Jaan_Tonisson_(Lasteleht), lk 115
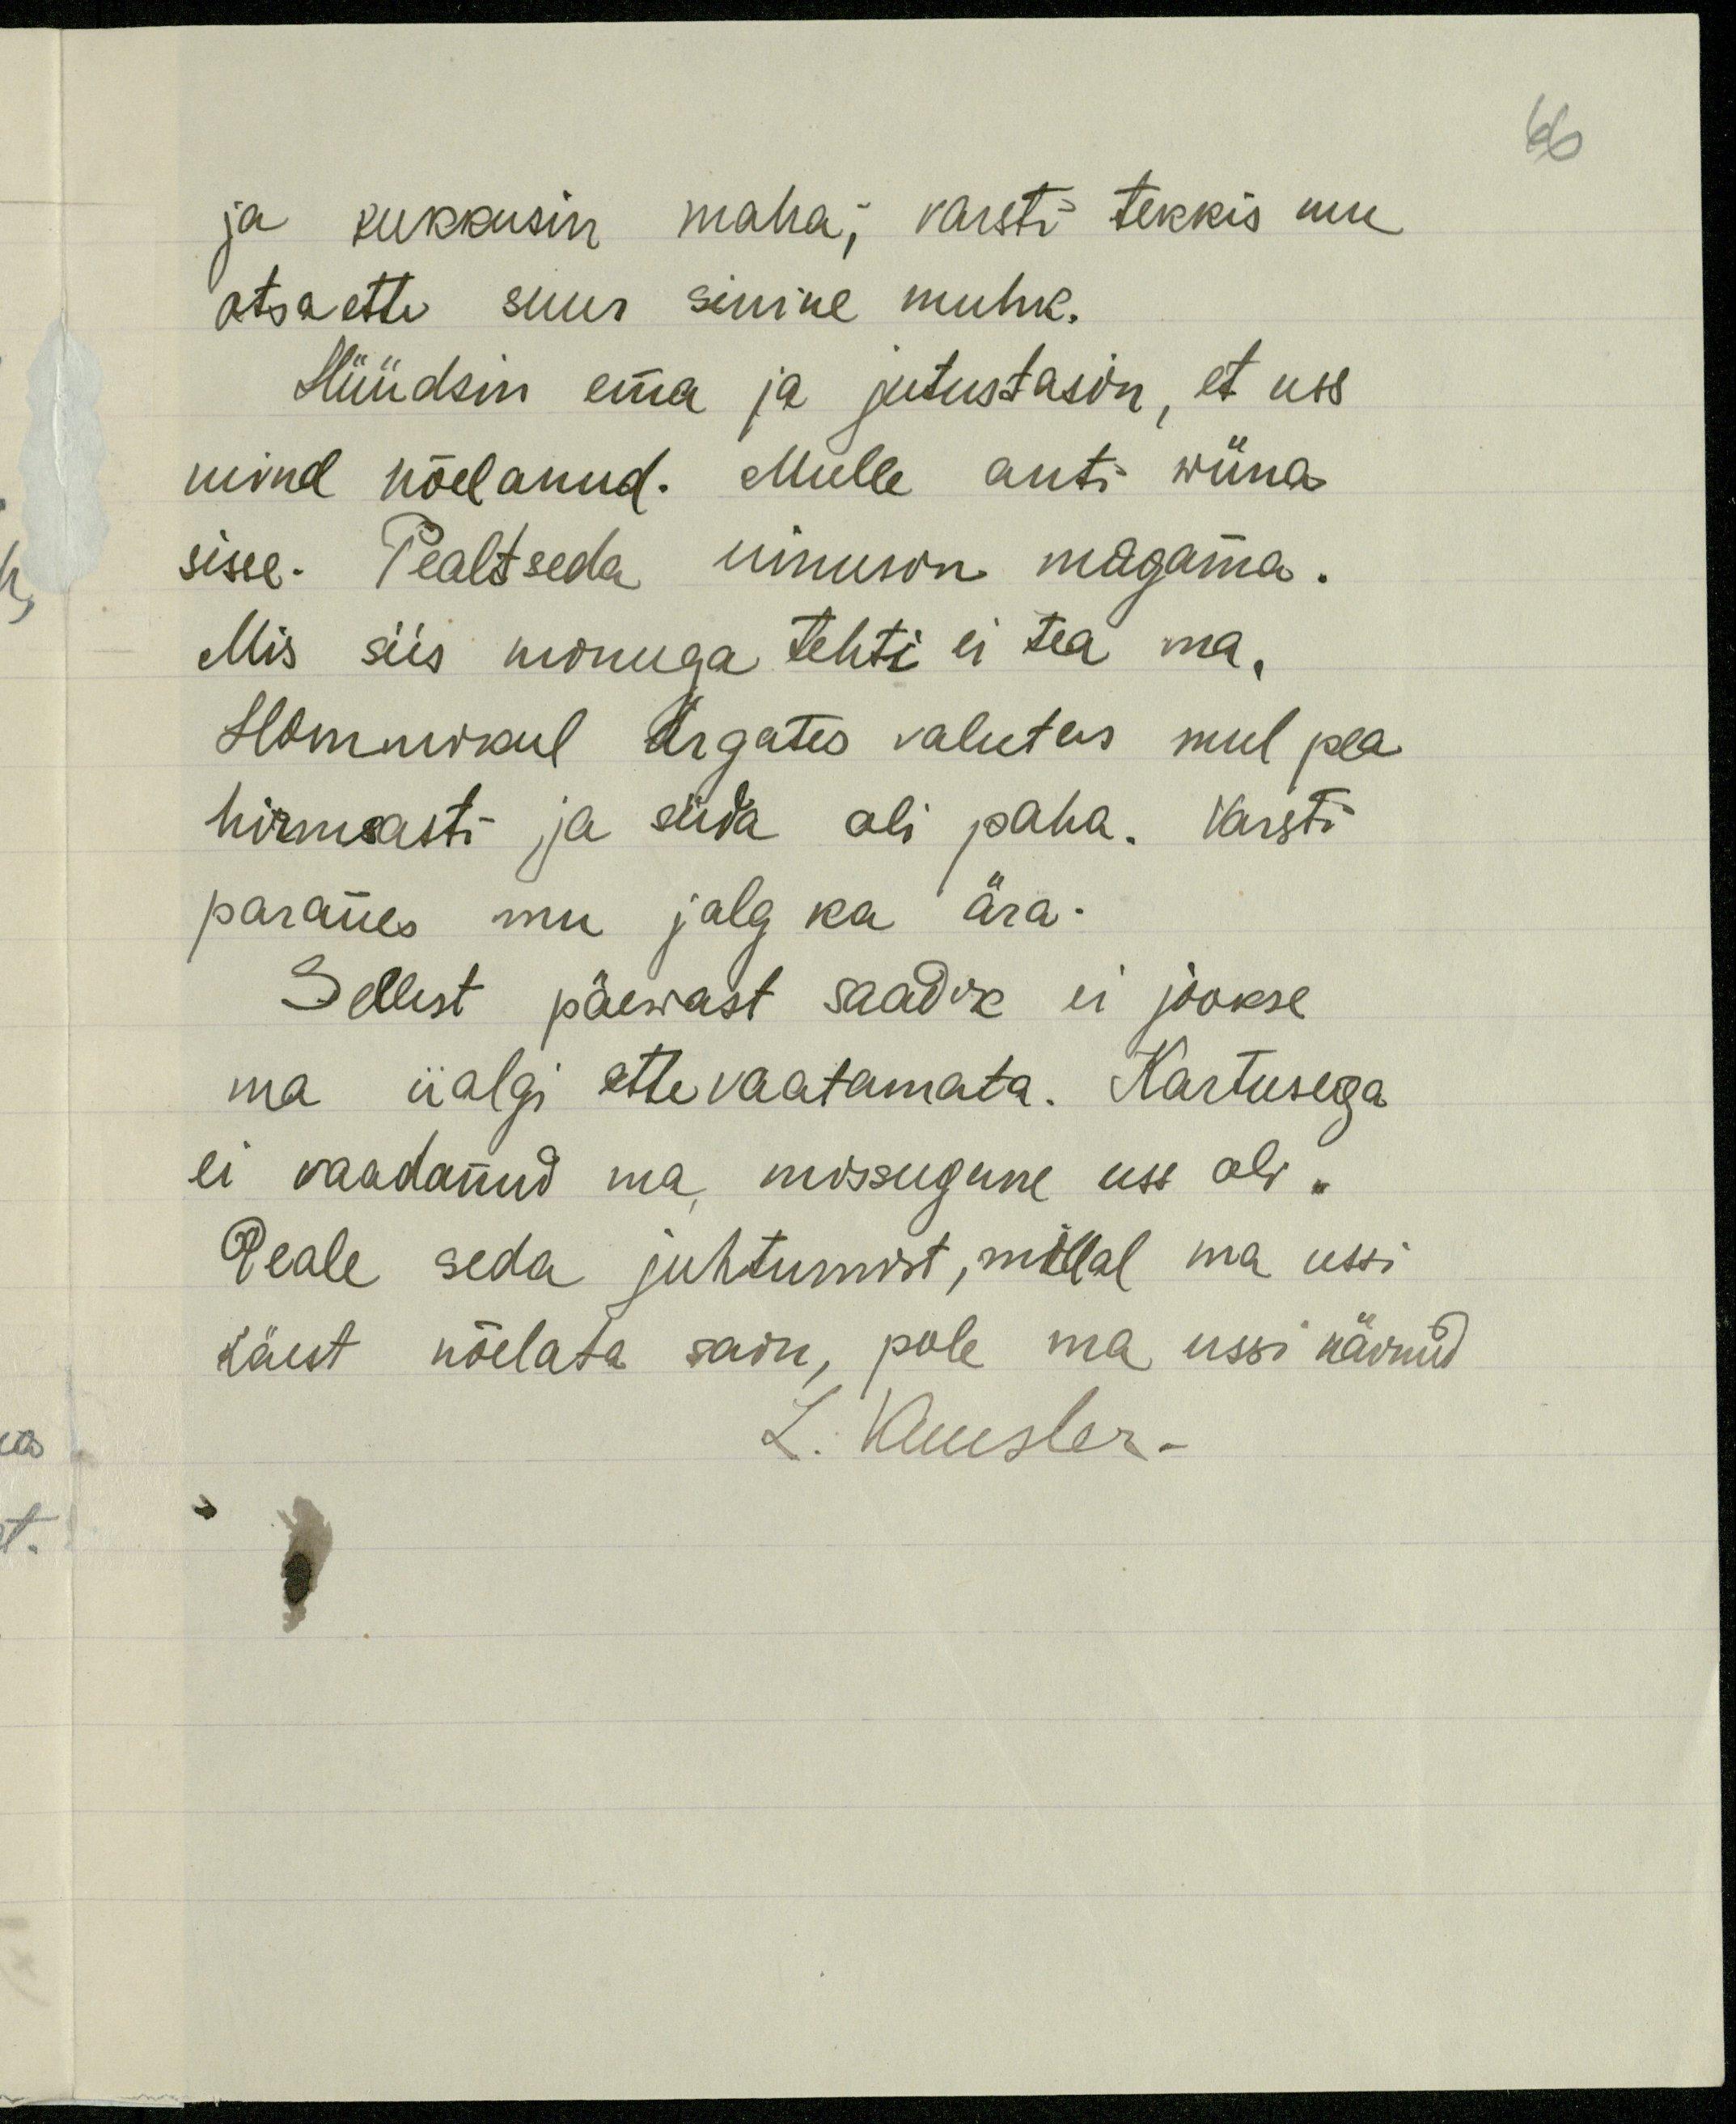
65

ja kukkusin maha; varsti tekkis mu
otsa ette suur sinine muhk.
Hüüdsin ema ja jutustasin, et uss
mind nõelanud. Mulle anti wiina
sisse. Pealt seda uinusin magama.
Mis siis minuga tehti ei tea ma,
Hommikul ärgates valutas mul pea
hirmasti ja süda oli paha. Varsti
paranes mu jalg ka ära.
Sellest päewast saadik ei jookse
ma iialgi ettevaatamata. Kartusega
ei vaadanud ma missugune uss oli.
Peale seda juhtumist, millal ma ussi
käest nõelata sain, pole ma ussi näinud
L. Kuusler.